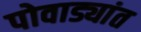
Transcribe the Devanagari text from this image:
पोवाड्यांत